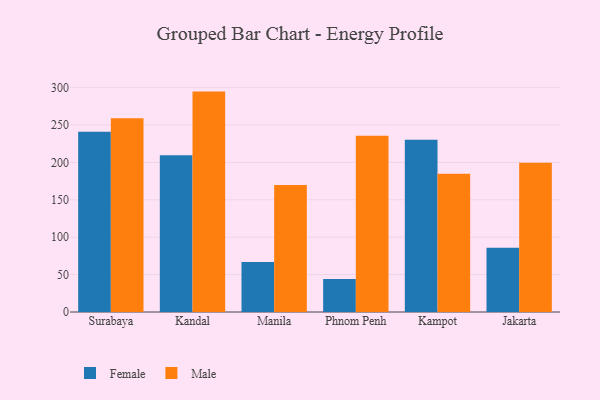
{"axis": {"x": "City", "y": "Revenue (USD Million)"}, "legend": ["Female", "Male"], "data": [{"x": "Surabaya", "y": 240.9, "type": "Female"}, {"x": "Surabaya", "y": 259.2, "type": "Male"}, {"x": "Kandal", "y": 209.7, "type": "Female"}, {"x": "Kandal", "y": 294.7, "type": "Male"}, {"x": "Manila", "y": 66.9, "type": "Female"}, {"x": "Manila", "y": 169.7, "type": "Male"}, {"x": "Phnom Penh", "y": 44.0, "type": "Female"}, {"x": "Phnom Penh", "y": 235.6, "type": "Male"}, {"x": "Kampot", "y": 230.2, "type": "Female"}, {"x": "Kampot", "y": 184.9, "type": "Male"}, {"x": "Jakarta", "y": 85.9, "type": "Female"}, {"x": "Jakarta", "y": 199.5, "type": "Male"}]}